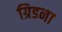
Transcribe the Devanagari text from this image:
ग्रिडना